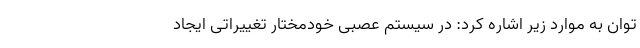
توان به موارد زیر اشاره کرد: در سیستم عصبی خودمختار تغییراتی ایجاد